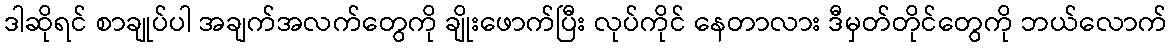
ဒါဆိုရင် စာချုပ်ပါ အချက်အလက်တွေကို ချိုးဖောက်ပြီး လုပ်ကိုင် နေတာလား ဒီမှတ်တိုင်တွေကို ဘယ်လောက်